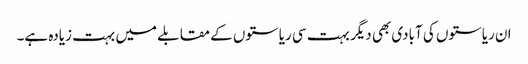
ان ریاستوں کی آبادی بھی دیگر بہت سی ریاستوں کے مقابلے میں بہت زیادہ ہے۔